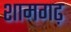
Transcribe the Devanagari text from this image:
शामगढ़